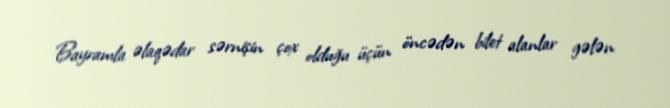
Bayramla əlaqədar sərnişin çox olduğu üçün öncədən bilet alanlar gələn